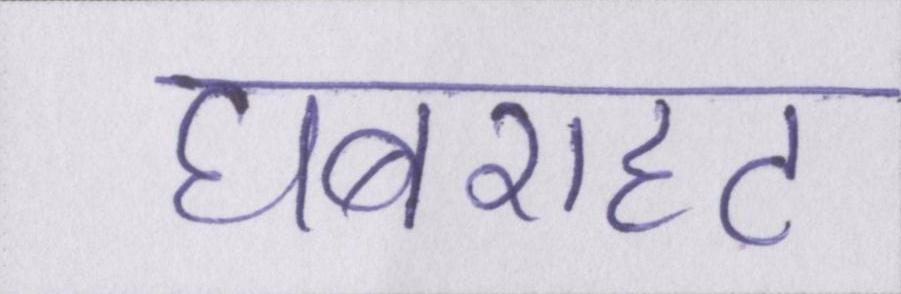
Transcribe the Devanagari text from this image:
घबराहट